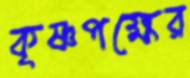
কৃষ্ণপক্ষের